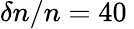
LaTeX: \delta n/n=40\